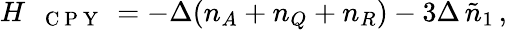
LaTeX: \begin{array}{r}{H_{\mathrm{~\texttt~{~C~P~Y~}~}}=-\Delta(n_{A}+n_{Q}+n_{R})-3\Delta\, \tilde{n}_{1}\, ,}\end{array}